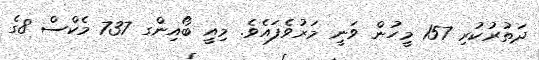
ދަތުރުކުރި 157 މީހުން ވަނީ މަރުވެފައެވެ. މިއީ ބޯއިންގ 737 މެކްސް 8ގެ